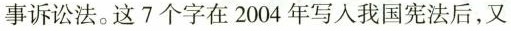
事诉讼法。这 7 个字在 2004 年写人我国宪法后，又